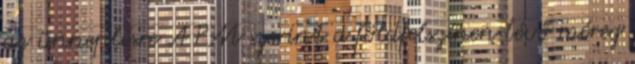
az ünneplésre A PM szerint a földfelszínen lévő méreg